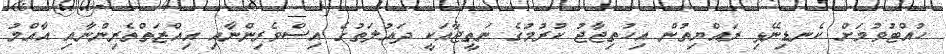
ހުއްޓުވުމަށް ކެނޑިނޭޅި ރައްޔިތުން އިހުތިޖާޖު ކުރުމުގެ ނަތީޖާއަކީ ދައުލަތުގެ އިސްވެރިންނާއި އިއްޒަތްތެރިންނާއި އާއްމު